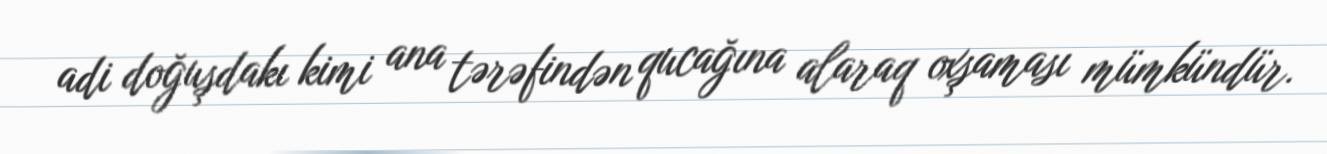
adi doğuşdakı kimi ana tərəfindən qucağına alaraq oxşaması mümkündür.